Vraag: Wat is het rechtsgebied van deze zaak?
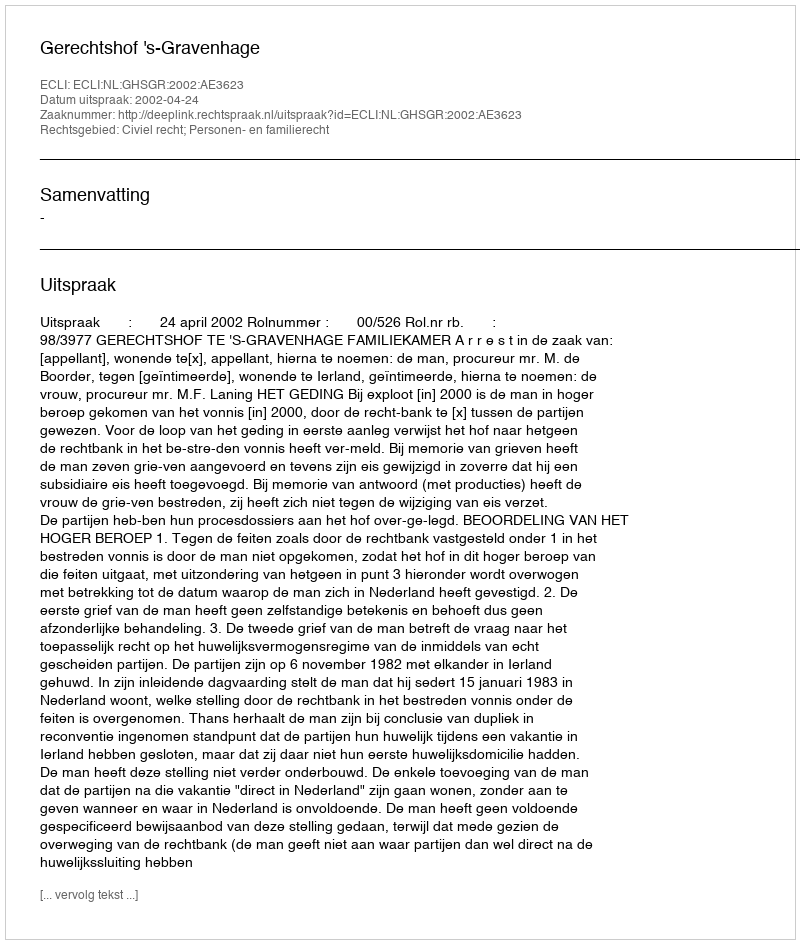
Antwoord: Civiel recht; Personen- en familierecht